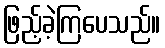
ဖြည့်ခဲ့ကြပေသည်။